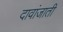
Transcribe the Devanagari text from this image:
दावांजाती